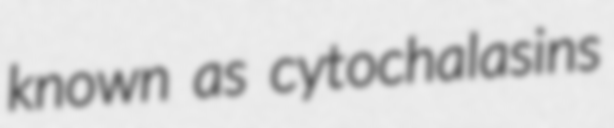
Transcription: known as cytochalasins